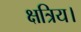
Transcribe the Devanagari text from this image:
क्षत्रिय।